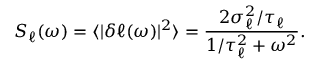
S _ { \ell } ( \omega ) = \langle | \delta \ell ( \omega ) | ^ { 2 } \rangle = \frac { 2 \sigma _ { \ell } ^ { 2 } / \tau _ { \ell } } { 1 / \tau _ { \ell } ^ { 2 } + \omega ^ { 2 } } .